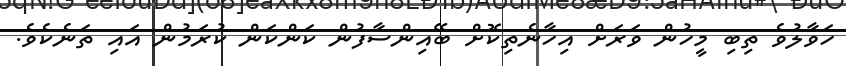
ހަވާލުވެ ތިބި މީހުން ވަރަށް އިހާނެތިކޮށް ބޭއިންސާފުން ކަންކަން ކުރަމުން އައި ތަނެކެވެ.